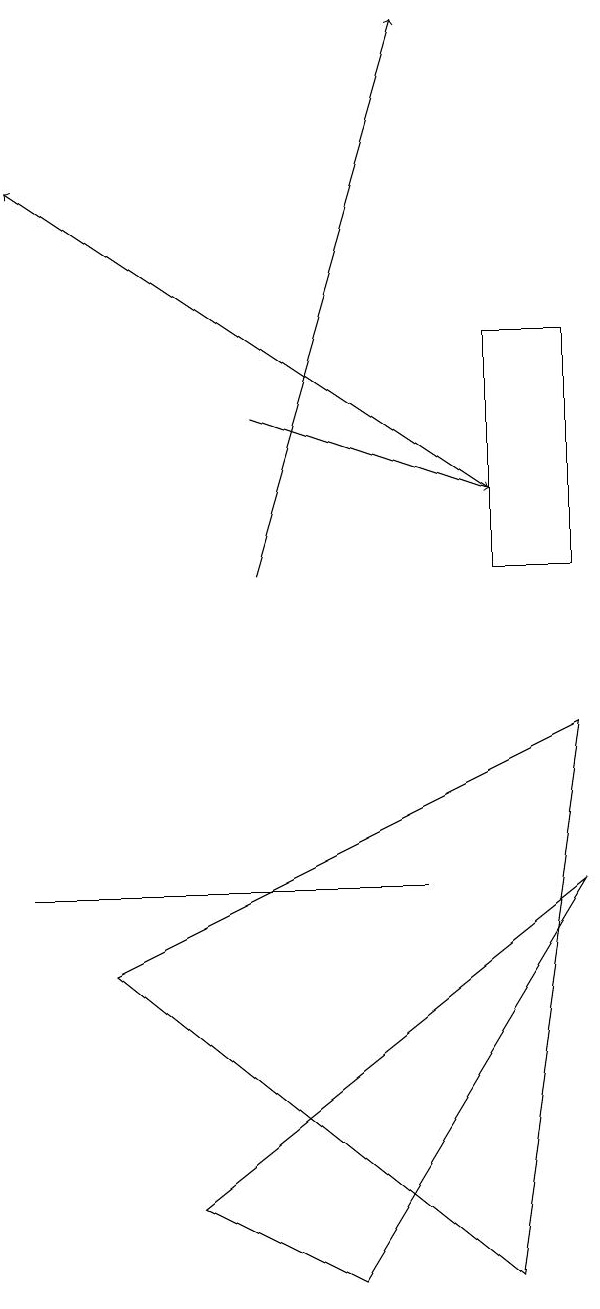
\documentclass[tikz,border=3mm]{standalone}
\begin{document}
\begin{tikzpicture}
\draw (2,3) -- (7,7) -- (4,2) -- cycle;
\draw (6,2) -- (1,6) -- (7,9) -- cycle;
\draw (5,7) -- (0,7) -- (5,7) -- cycle;
\draw[->] (6,12) -- (0,16);
\draw[->] (3,11) -- (5,18);
\draw (6,14) rectangle (7,11);
\draw[->] (3,13) -- (6,12);
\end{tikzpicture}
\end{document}